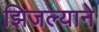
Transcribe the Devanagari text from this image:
झिजल्याने